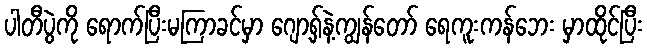
ပါတီပွဲကို ရောက်ပြီးမကြာခင်မှာ ဂျော့ရှ်နဲ့ကျွန်တော် ရေကူးကန်ဘေး မှာထိုင်ပြီး